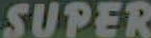
SUPER